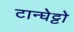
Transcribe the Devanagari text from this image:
टान्घेट्टो